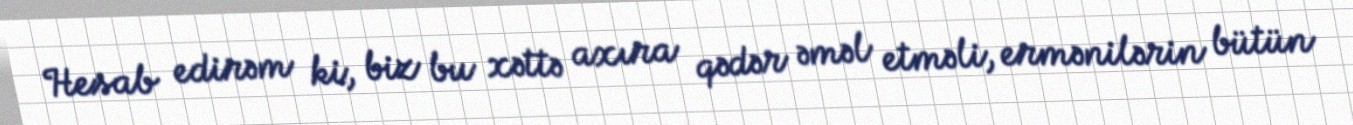
Hesab edirəm ki, biz bu xəttə axıra qədər əməl etməli, ermənilərin bütün